Indian journal of veterinary science and animal husbandry - Volumes 15-17, 1948-1951
Year: 1948
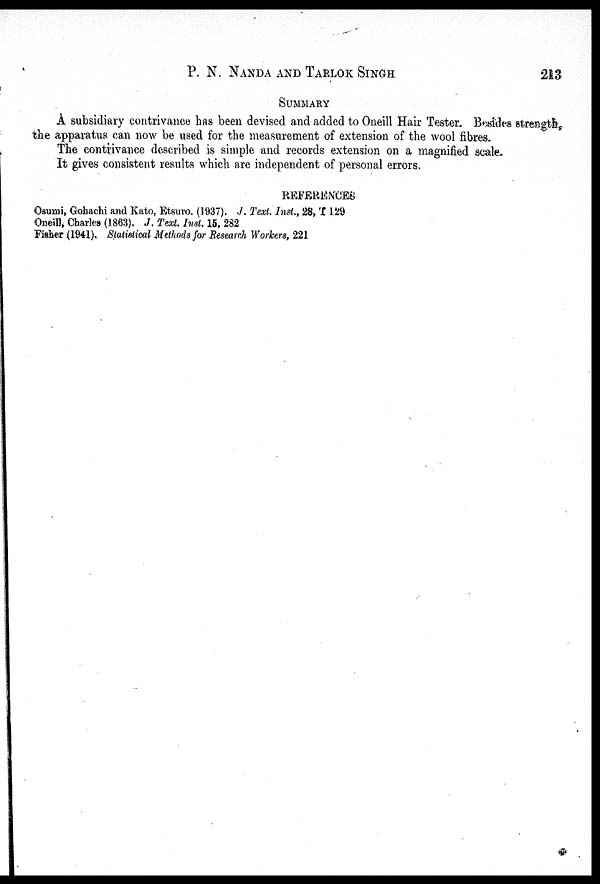
P. N.
NANDA
AND
TARLOK
SINGH
213
SUMMARY
A subsidiary contrivance has been devised and added to Oneill Hair Tester. Besides strength,
the apparatus can now be used for the measurement of extension of the wool fibres.
The contrivance described is simple and records extension on a magnified scale.
It gives consistent results which are independent of personal errors.
REFERENCES
Osumi, Gohachi and Kato, Etsuro. (1937). J. Text. Inst., 28, T 129
Oneill, Charles (1863). J. Text. Inst. 15, 282
Fisher (1941). Statistical Methods for Research Workers, 221